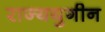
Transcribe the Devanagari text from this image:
राज्ययुगीन